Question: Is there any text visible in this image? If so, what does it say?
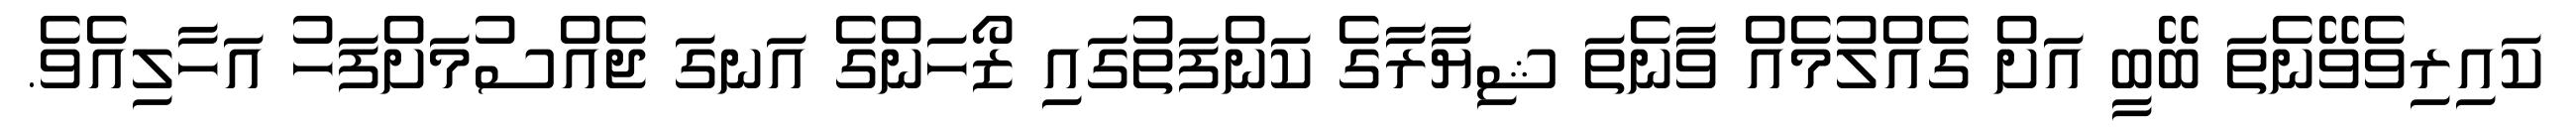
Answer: ކައިރިވެވޭނެތަ ބޭބީ އަށް ގެއްލުމެއް ވާނެތަ ޝިޔާރާގެ ކަންފަތުގައި ޒޯހަންގެ އަނގަ ޖެއްސުމަށްފަހު އަހާލިއެވެ.